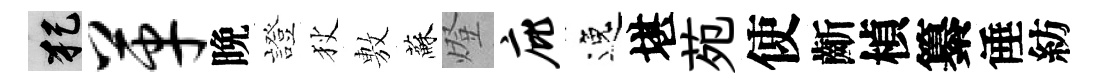
犯革晩證狄𢾾蘇燈庇逸堪苑使齗楨纂倕紡